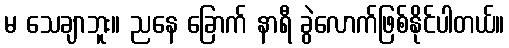
မ သေချာဘူး။ ညနေ ခြောက် နာရီ ခွဲလောက်ဖြစ်နိုင်ပါတယ်။